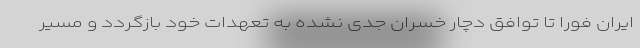
ایران فورا تا توافق دچار خسران جدی نشده به تعهدات خود بازگردد و مسیر